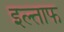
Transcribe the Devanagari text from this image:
इल्ताफ